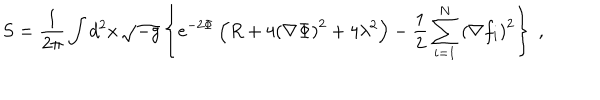
S = { \frac { 1 } { 2 \pi } } \int d ^ { 2 } x \, \sqrt { - g } \left\{ e ^ { - 2 \Phi } \left( R + 4 { \left( \nabla \Phi \right) } ^ { 2 } + 4 \lambda ^ { 2 } \right) - { \frac { 1 } { 2 } } \sum _ { i = 1 } ^ { N } { \left( \nabla f _ { i } \right) } ^ { 2 } \right\} \; ,